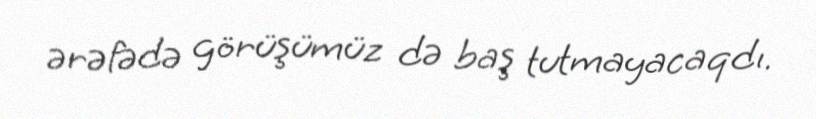
ərəfədə görüşümüz də baş tutmayacaqdı.